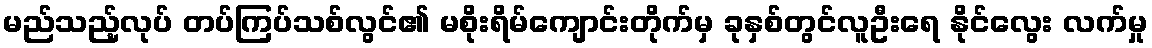
မည်သည့်လုပ် တပ်ကြပ်သစ်လွင်၏ မစိုးရိမ်ကျောင်းတိုက်မှ ခုနှစ်တွင်လူဦးရေ နိုင်လွေး လက်မှု